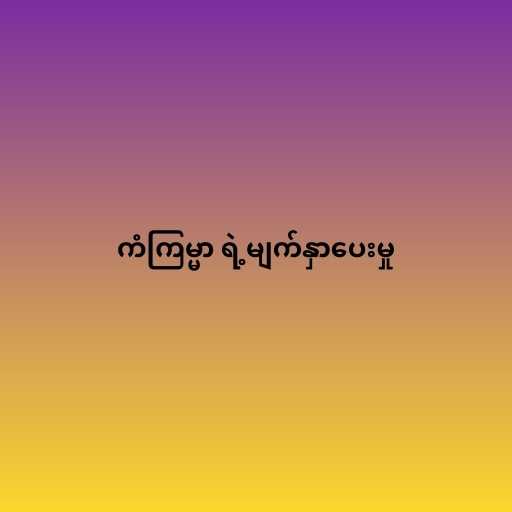
ကံကြမ္မာ ရဲ့မျက်နှာပေးမှု